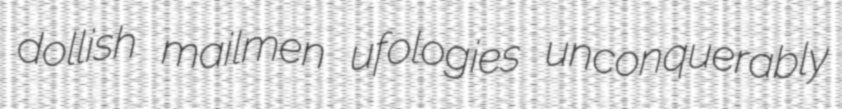
dollish mailmen ufologies unconquerably